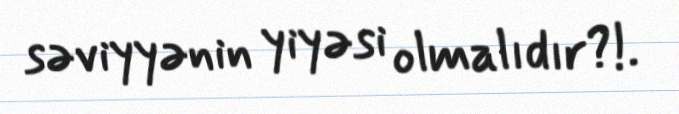
səviyyənin yiyəsi olmalıdır?!.